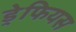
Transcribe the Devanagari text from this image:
ड्रेफियस